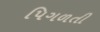
પિગળતી